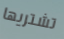
تشتريها